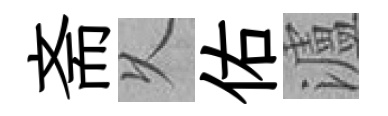
斋乆佑瀘